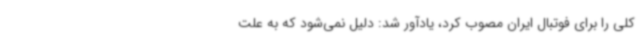
کلی را برای فوتبال ایران مصوب کرد، یادآور شد: دلیل نمی‌شود که به علت